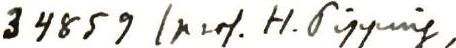
34859 (prof. H.